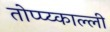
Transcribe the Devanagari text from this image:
तोप्प्य्काल्ली